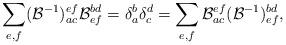
LaTeX: \begin{align*}\sum_{e,f}(\mathcal{B}^{-1})^{ef}_{ac}\mathcal{B}^{bd}_{ef}=\delta_{a}^{b}\delta_{c}^{d}=\sum_{e,f}\mathcal{B}^{ef}_{ac}(\mathcal{B}^{-1})^{bd}_{ef},\end{align*}